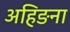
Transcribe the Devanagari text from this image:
अहिङना